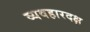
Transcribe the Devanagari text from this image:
व्यवहारदक्ष